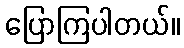
ပြောကြပါတယ်။